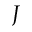
J